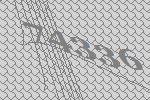
74336